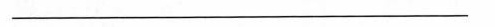
___